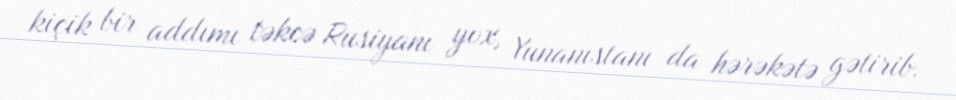
kiçik bir addımı təkcə Rusiyanı yox, Yunanıstanı da hərəkətə gətirib.